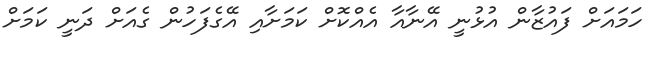
ހަމައަށް ފައުޒާން އުޅުނީ އޭނާއާ އެއްކޮށް ކަމަށާއި އޭގެފަހުން ގެއަށް ދަނީ ކަމަށް